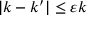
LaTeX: | k - k ^ { \prime } | \leq \varepsilon k